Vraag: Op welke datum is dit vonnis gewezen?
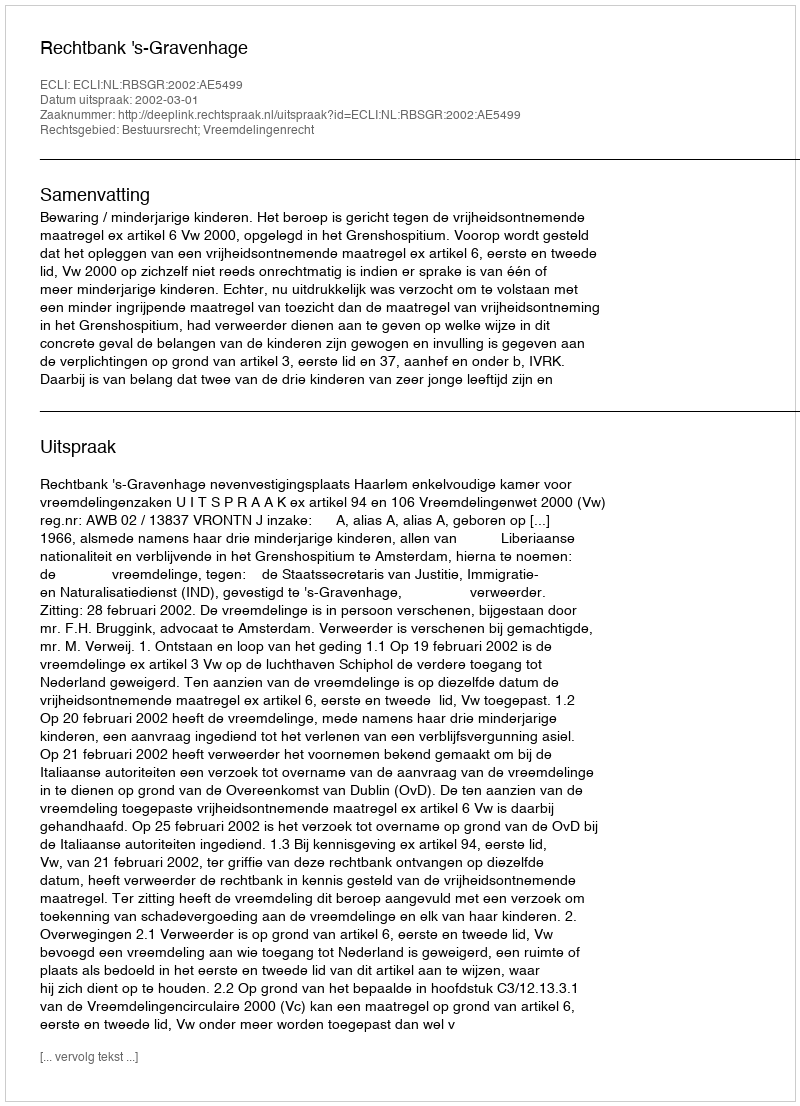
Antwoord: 2002-03-01